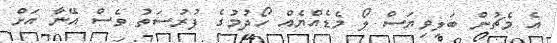
އެ މެޗުން ބަލިވިޔަސް ލޯ މެޑެއްޔެއް ހޯދުމުގެ ފުރުސަތު ވެސް އޭނާ އަށް